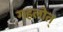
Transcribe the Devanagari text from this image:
गहलोत्